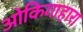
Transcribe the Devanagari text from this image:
ओकिगाहारा